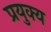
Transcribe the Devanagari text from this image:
प्रयुक्य